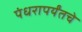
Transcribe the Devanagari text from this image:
पंधरापर्यंतचे